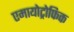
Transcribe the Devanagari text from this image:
एमायोट्रोफिक